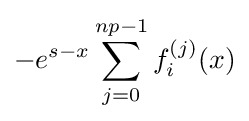
-e^{s-x}\sum _{j=0}^{np-1}f_{i}^{(j)}(x)